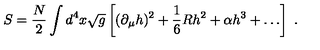
S = { \frac { N } { 2 } } \int d ^ { 4 } x \sqrt g \left[ ( \partial _ { \mu } h ) ^ { 2 } + { \frac { 1 } { 6 } } R h ^ { 2 } + \alpha h ^ { 3 } + \ldots \right] \ .